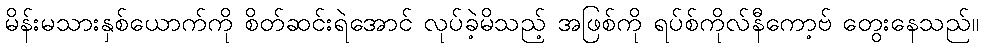
မိန်းမသားနှစ်ယောက်ကို စိတ်ဆင်းရဲအောင် လုပ်ခဲ့မိသည့် အဖြစ်ကို ရပ်စ်ကိုလ်နီကော့ဗ် တွေးနေသည်။